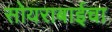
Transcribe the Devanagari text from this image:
सोयराबाईचा